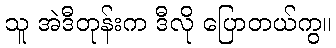
သူ အဲဒီတုန်းက ဒီလို ပြောတယ်ကွ။